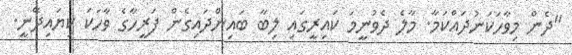
"ދެން މިވާހަކަނުދައްކަމާ. މާލެ ދެވުނީމަ ކައިރީގައި ލިބާ ބައިންދައިގެން ފަރީހާގެ ވާހަކަ ކިޔައިދޭނީ.